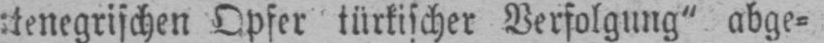
Opfer türkischer Verfolgung“ abge⸗